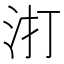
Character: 𭯾